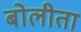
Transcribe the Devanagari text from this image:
बोलीता